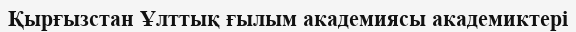
Қырғызстан Ұлттық ғылым академиясы академиктері